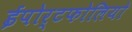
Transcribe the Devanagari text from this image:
ईपोर्टफोलियो